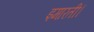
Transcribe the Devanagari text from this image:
इमारती।